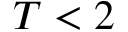
T < 2